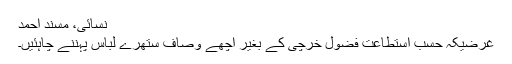
نسائی، مسند احمد
غرضیکہ حسب استطاعت فضول خرچی کے بغیر اچھے وصاف ستھرے لباس پہننے چاہئیں۔